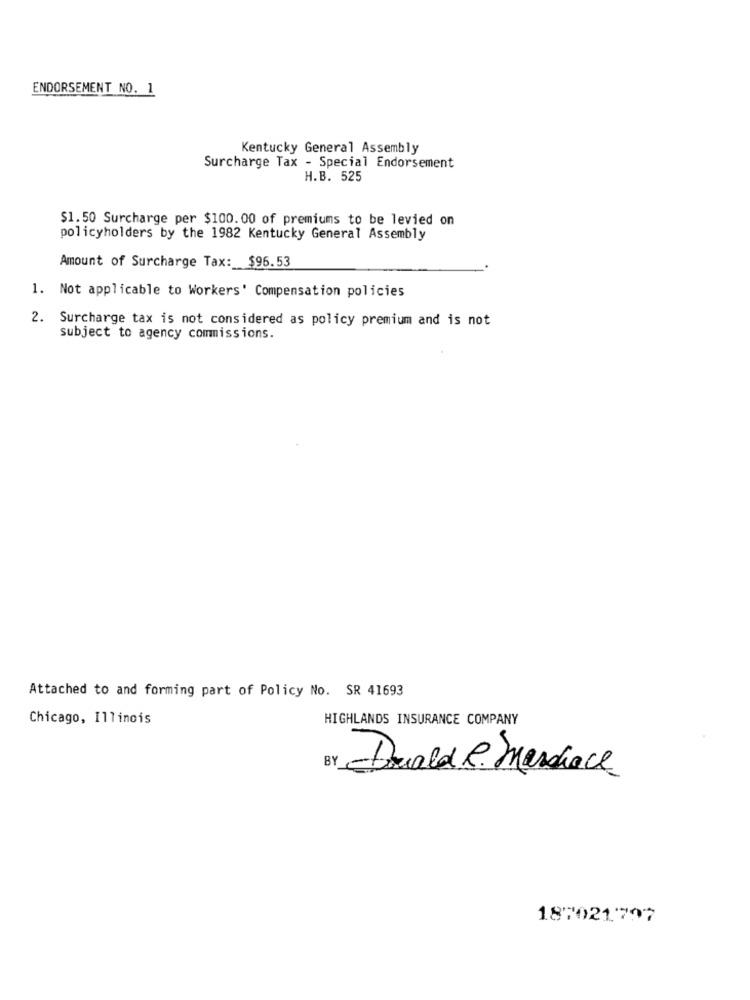
ENDORSEMENT NO. 1
Kentucky General Assembly
Surcharge Tax - Special Endorsement
H.B. 525
$1.50 Surcharge per $100.00 of premiums to be levied on
policyholders by the 1982 Kentucky General Assembly
Amount of Surcharge Tax: $96.53
1. Not applicable to Workers' Compensation policies
2. Surcharge tax is not considered as policy premium and is not
subject to agency commissions.
Attached to and forming part of Policy No. SR 41693
Chicago, Illinois
HIGHLANDS INSURANCE COMPANY
Duald R. Sardhace
187021797